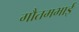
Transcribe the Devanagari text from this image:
गौतमभाई